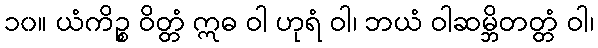
၁၀။ ယံကိဉ္စ ဝိတ္တံ ဣဓ ဝါ ဟုရံ ဝါ၊ ဘယံ ဝါဆမ္ဘိတတ္တံ ဝါ၊